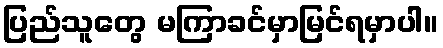
ပြည်သူတွေ မကြာခင်မှာမြင်ရမှာပါ။